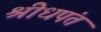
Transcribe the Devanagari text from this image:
श्रीधपंत